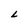
Character: L